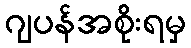
ဂျပန်အစိုးရမှ